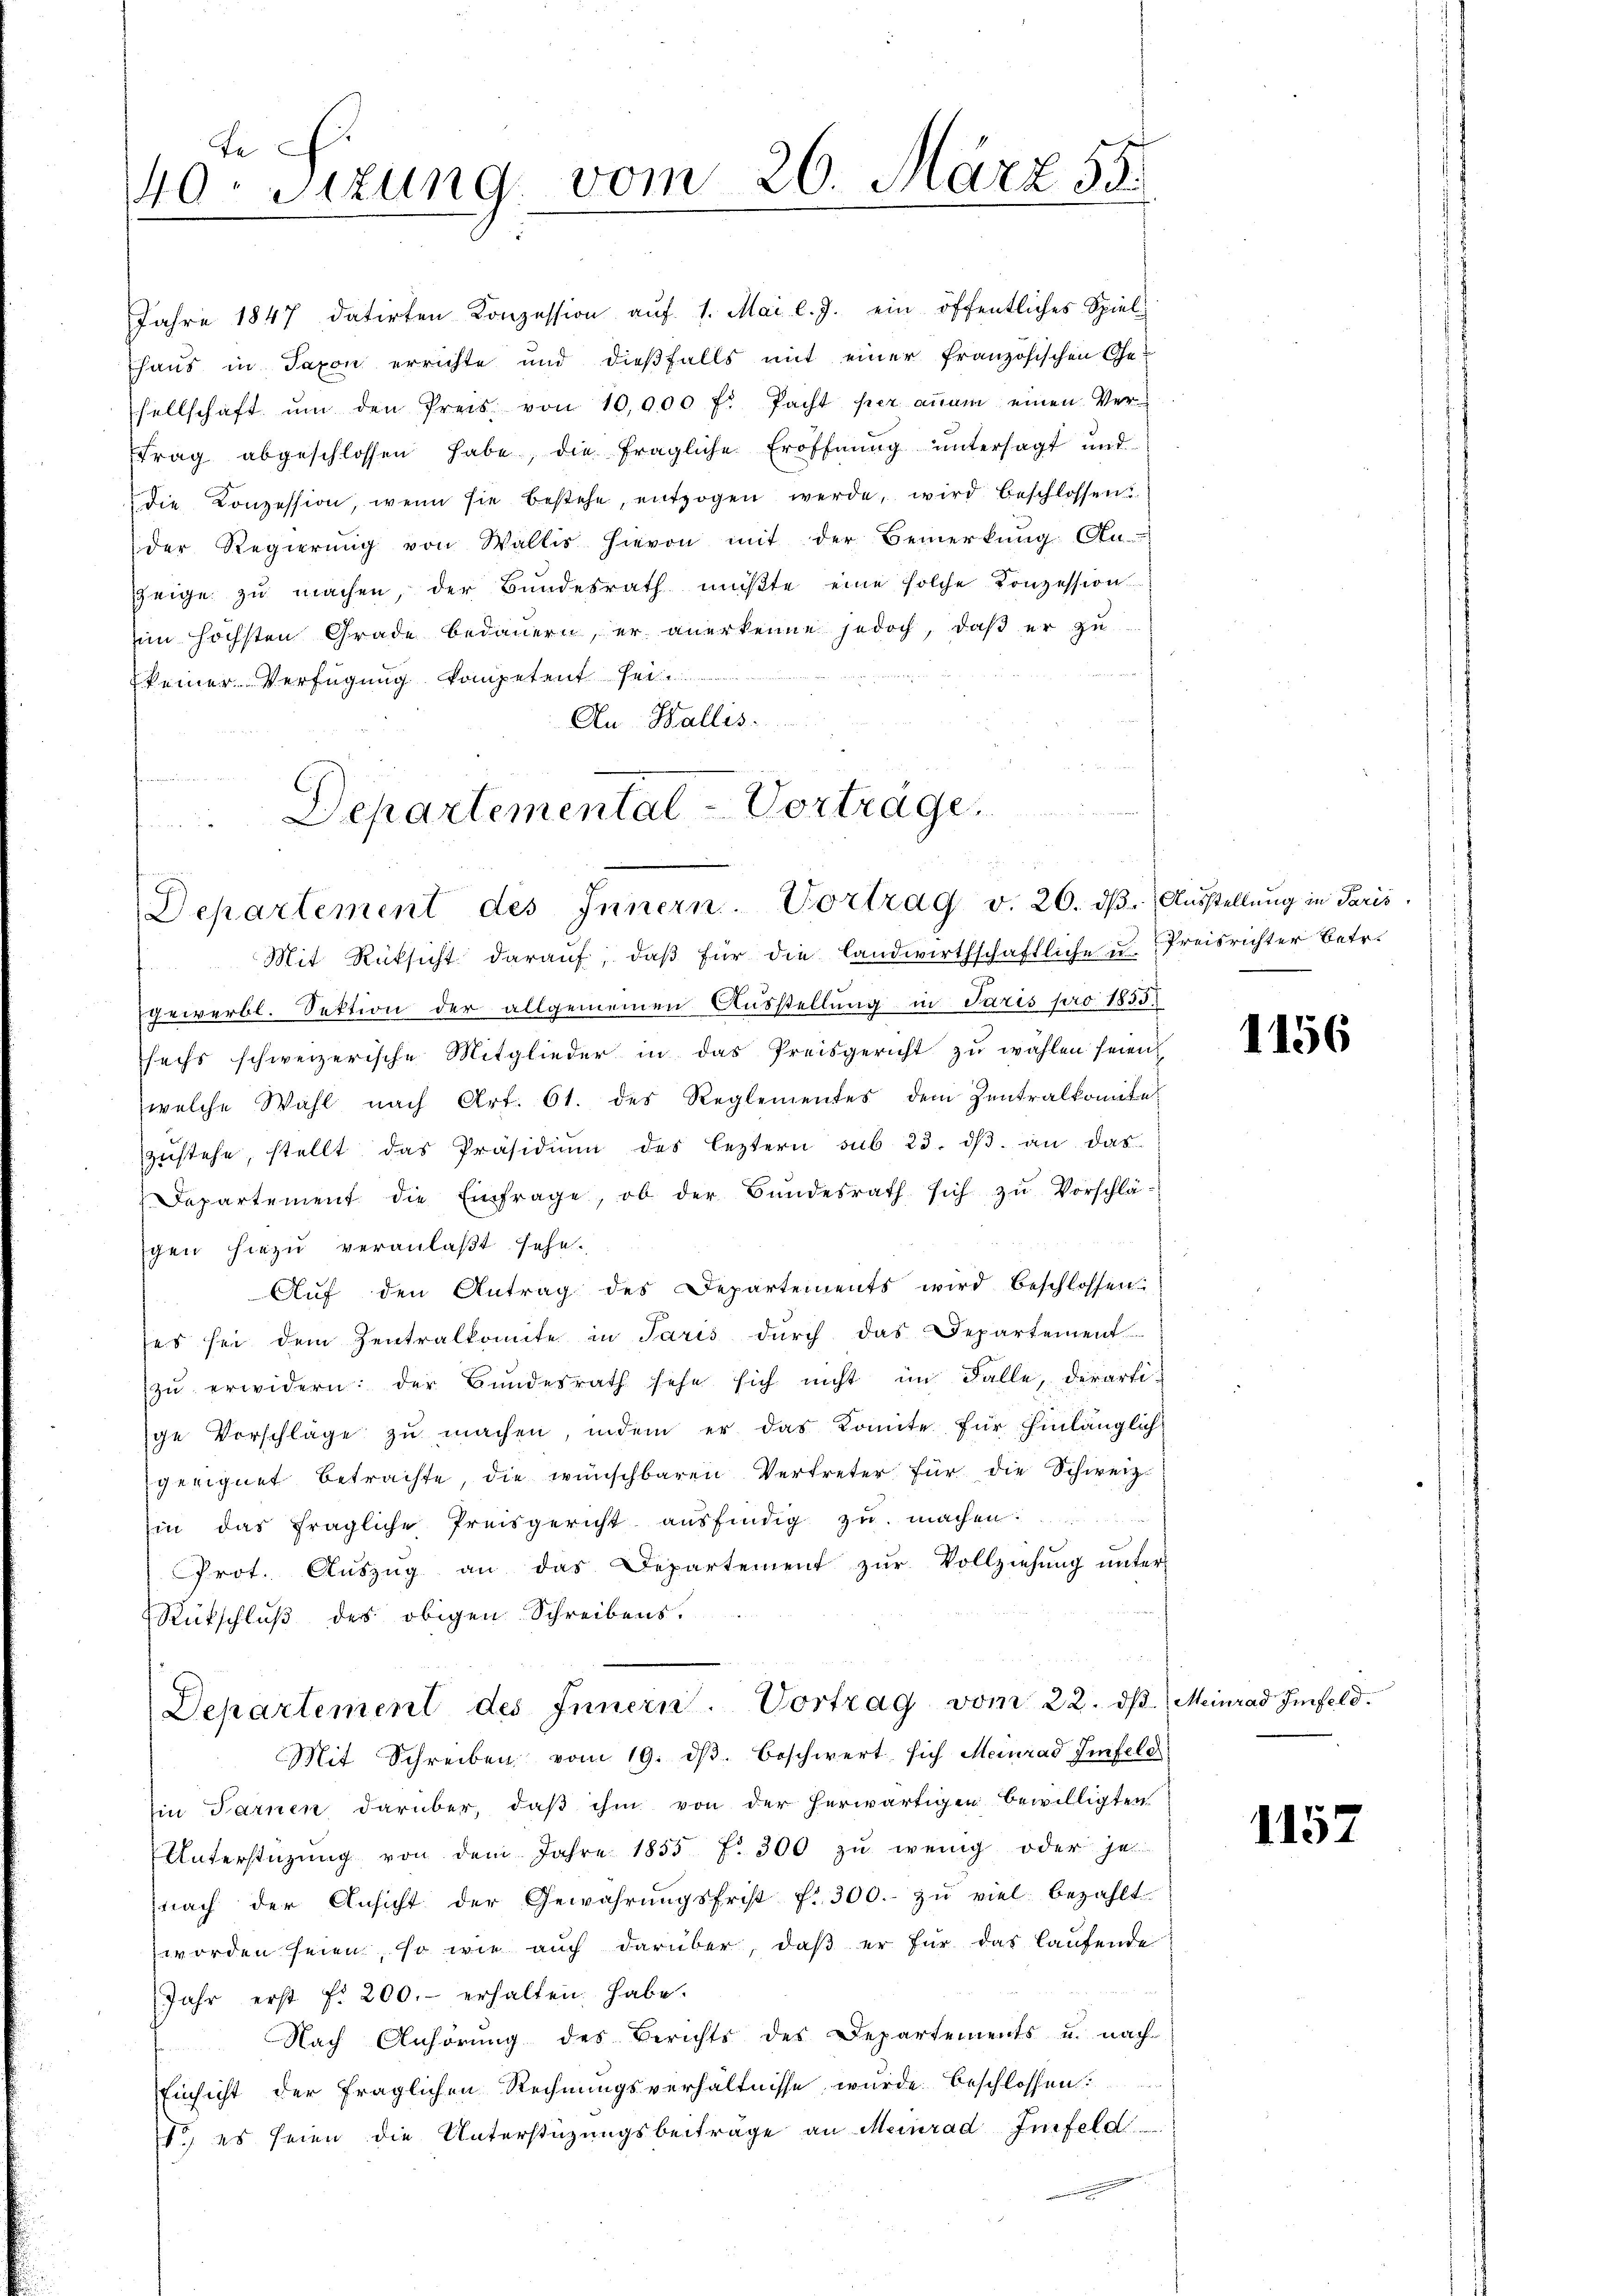
Se
40. Sitzung vom 26. März 55.
.

Au-Wallis.

Jahre 1847 datirten Konzession aŭf 1. Mai l. J. ein öffentliches Spiel-
haus in Taxon errichte und dießfalls mit einer französischen Gesellschaft ŭm den Preis von 10,000 f: Pacht per anam einen Ver-
trag abgeschlossen habe, die fragliche Eröffnŭng ŭntersagt und
die Konzession, wenn sie bestehe, entzogen werde, wird beschlossen
der Regierung von Wallis hievon mit der Bemerkung An-
zeige zu machen, der Bundesrath müßte eine solche Konzession
im höchsten Grade bedauern, er anerkenne jedoch, daβ er zu
keiner Verfügung kompetent sei

Departemental - Vorträge.
Departement des Innern. Vortrag v. 20. dβ. Aŭsstellung in Paris

Mit Rücksicht darauf, daß für die Landwirthschaftliche u. Preisrichter betr.
gewerbl. Sektion der allgemeinen Ausstellung in Jaris pro 1855
sechs schweizerische Mitglieder in das Preisgericht zu wählen seien
welche Wahl nach Art. 61. des Reglementes dem Zentralkomitel
zŭstehe, stellt das Präsidiŭm des leztern sub 23. dβ an das
Departement die Einfrage, ob der Bundesrath sich zu Vorschlä-
gen hiezu veranlaßt sehe.
Aŭf den Antrag des Departements wird beschlossen.
ses sei dem Zentralkomite in Paris durch das Departement
zŭ erwidern: der Bundesrath sehe sich nicht im Falle, derarti-
ge Vorschläge zŭ machen, indem er das Komite für hinlänglich-
geeignet betrachte, die wünschbaren Vertreter für die Schweiz.
in das fragliche Preisgericht ausfindig zu machen.
Prot. Aŭszŭg an das Departement zŭr Vollziehung unter
Rückschluß des obigen Schreibens.
Departement des Innern. Vortrag vom 22. dβ. Meinrad Imfeld.
Mit Schreiben vom 19. dβ beschwert sich Meinrad Zinfeld
Ein Sarnen darüber, daß ihm von der herwärtigen bewilligten
Unterstützŭng von dem Jahre 1855 f. 300 zŭ wenig oder jet
nach der Ansicht der Gewährŭngsfrist f. 300.- zŭ viel bezahlt.
worden seien, so wie auch darüber, daß er für das laufende
Jahr erst fr. 200.- erhalten habe.
Nach Anhörung des Berichts des Departements u. nach
Einsicht der fraglichen Rechnungsverhältnisse wurde beschlossen:
1. es seien die Unterstüzungsbeiträge an Meinrad Imfeld

1156

1157